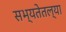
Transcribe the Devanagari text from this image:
सभ्यतेतल्या